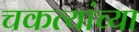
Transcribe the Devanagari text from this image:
चकत्यांच्या